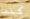
كنت